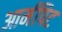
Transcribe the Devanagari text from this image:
आर्मपिट